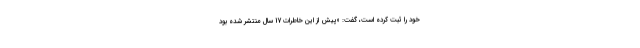
خود را ثبت کرده است، گفت: «پیش از این خاطرات 17 سال منتشر شده بود